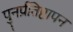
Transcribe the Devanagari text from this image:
पुनर्प्रतिष्ठापन